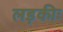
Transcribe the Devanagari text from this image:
लड़कीः